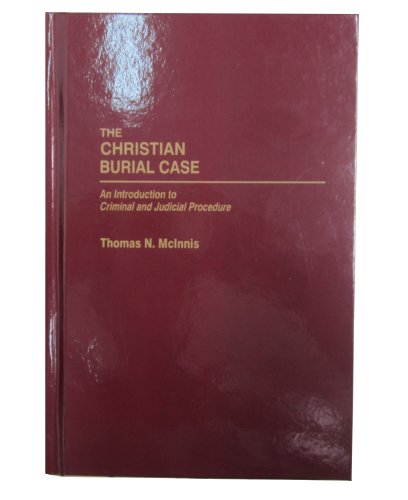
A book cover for The Christian Burial Case: An Introduction to Criminal and Judicial Procedure; Thomas McInnis; Law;